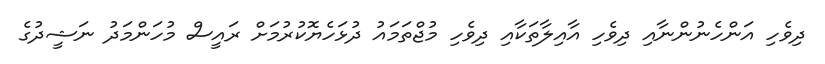
ދިވެހި އަންހެނުންނާއި ދިވެހި އާއިލާތަކާއި ދިވެހި މުޖްތަމައު ދުޅަހެޔޮކުރުމަށް ރައީސް މުހަންމަދު ނަޝީދުގެ